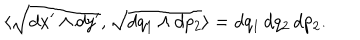
LaTeX: \langle \sqrt { d x ^ { \prime } \wedge d y ^ { \prime } } , \sqrt { d q _ { 1 } \wedge d p _ { 2 } } \rangle = d q _ { 1 } \, d q _ { 2 } \, d p _ { 2 } .